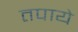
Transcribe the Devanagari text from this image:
तपाये